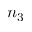
n _ { 3 }